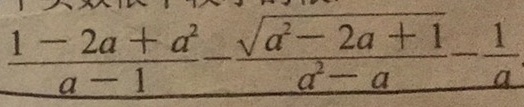
\frac { 1 - 2 a + a ^ { 2 } } { a - 1 } - \frac { \sqrt { a ^ { 2 } - 2 a + 1 } } { a ^ { 2 } - a } - \frac { 1 } { a }